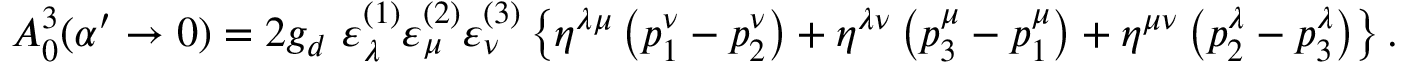
A _ { 0 } ^ { 3 } ( \alpha ^ { \prime } \rightarrow 0 ) = 2 g _ { d } \, \, \varepsilon _ { \lambda } ^ { ( 1 ) } \varepsilon _ { \mu } ^ { ( 2 ) } \varepsilon _ { \nu } ^ { ( 3 ) } \left\{ \eta ^ { \lambda \mu } \left( p _ { 1 } ^ { \nu } - p _ { 2 } ^ { \nu } \right) + \eta ^ { \lambda \nu } \left( p _ { 3 } ^ { \mu } - p _ { 1 } ^ { \mu } \right) + \eta ^ { \mu \nu } \left( p _ { 2 } ^ { \lambda } - p _ { 3 } ^ { \lambda } \right) \right\} .